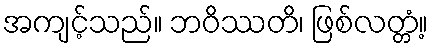
အကျင့်သည်။ ဘဝိဿတိ၊ ဖြစ်လတ္တံ့။